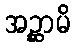
အဉ္ဆာမိ